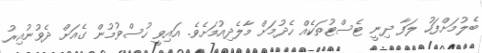
ބެލުމަށްފަހު ލަފާ ދިނީ ޓެސްޓުތަކެއް ހެދުމަށް މާލެދިއުމަށެވެ. އައިވީ ހުސްވުމުން ގެއަށް ދެވުނުއިރު